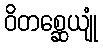
ဝိတစ္ဆေယျုံ